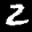
Label: 2